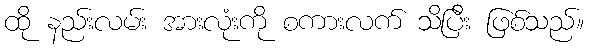
ထို နည်းလမ်း အားလုံးကို စကားလက် သိပြီး ဖြစ်သည်။